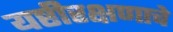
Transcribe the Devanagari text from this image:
यष्टीरक्षणाचे